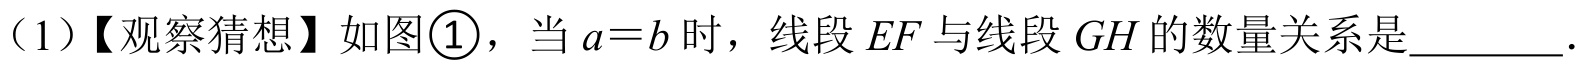
（1）【观察猜想】如图\textcircled{1}，当 \(a = b\) 时，线段 \(EF\) 与线段 \(GH\) 的数量关系是________．